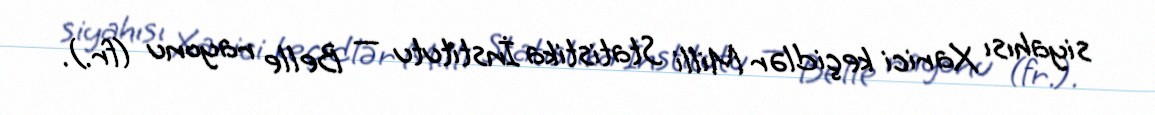
siyahısı Xarici keçidlər Milli Statistika İnstitutu — Belle rayonu (fr.).